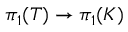
\pi _ { 1 } ( T ) \to \pi _ { 1 } ( K )